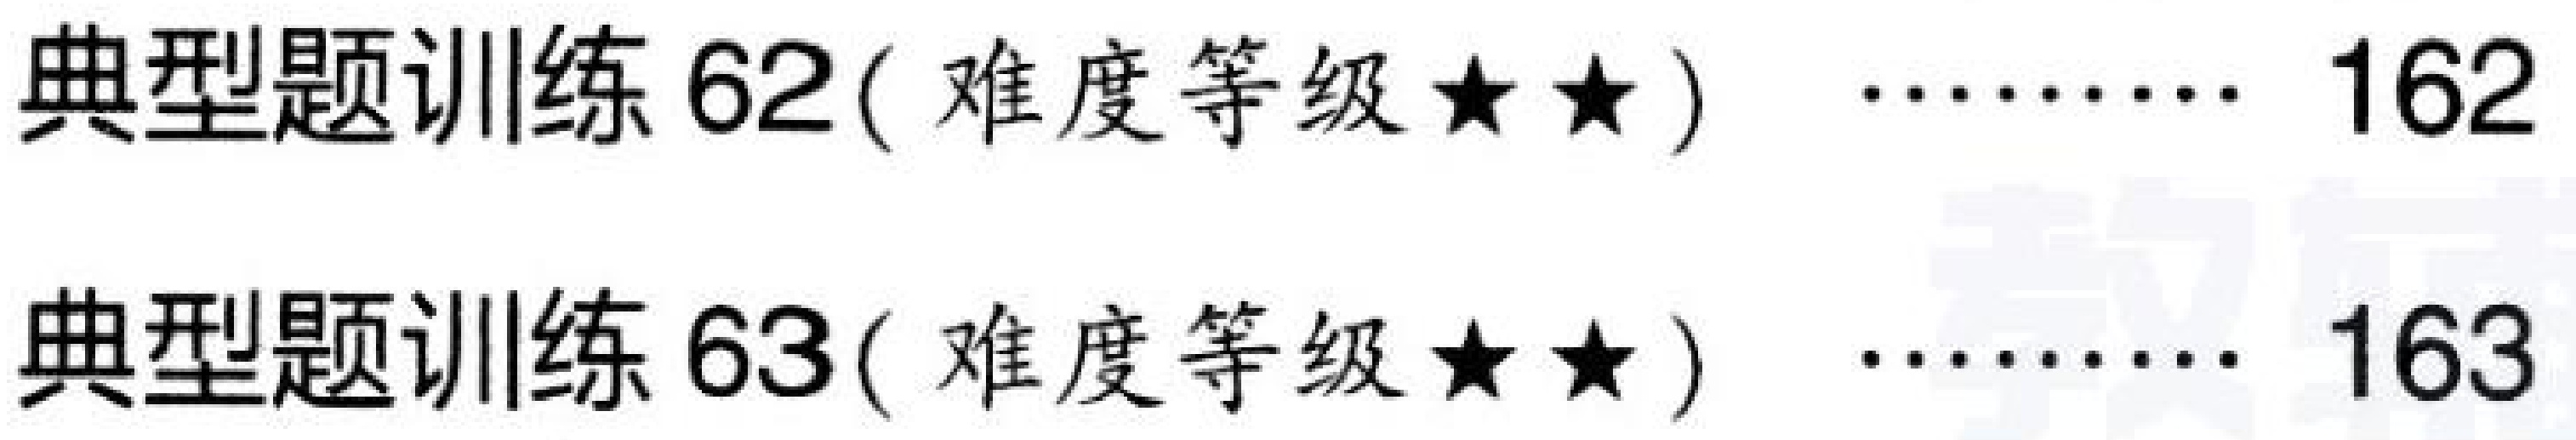
典型题训练62( 难度等级$\star\star$)  \(\cdots\cdots\) 162
典型题训练63( 难度等级$\star\star$)  \(\cdots\cdots\) 163